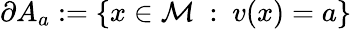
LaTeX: \partial A_{a}:=\{ x\in\mathcal{M}\ :\ v(x)=a\}